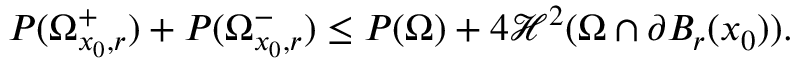
P ( \Omega _ { x _ { 0 } , r } ^ { + } ) + P ( \Omega _ { x _ { 0 } , r } ^ { - } ) \leq P ( \Omega ) + 4 \mathcal { H } ^ { 2 } ( \Omega \cap \partial B _ { r } ( x _ { 0 } ) ) .